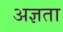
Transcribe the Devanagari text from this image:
अज्ञता